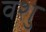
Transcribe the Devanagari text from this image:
वशु